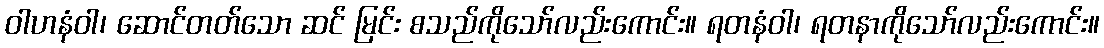
ဝါဟနံဝါ၊ ဆောင်တတ်သော ဆင် မြင်း စသည်ကိုသော်လည်းကောင်း။ ရတနံဝါ၊ ရတနာကိုသော်လည်းကောင်း။